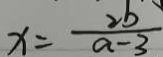
x = \frac { 2 b } { a - 3 }